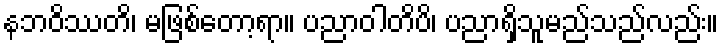
နဘဝိဿတိ၊ မဖြစ်တော့ရာ။ ပညာဝါတိပိ၊ ပညာရှိသူမည်သည်လည်း။